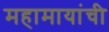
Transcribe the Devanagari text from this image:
महामायांची